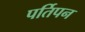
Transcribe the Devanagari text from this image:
पर्तिपन